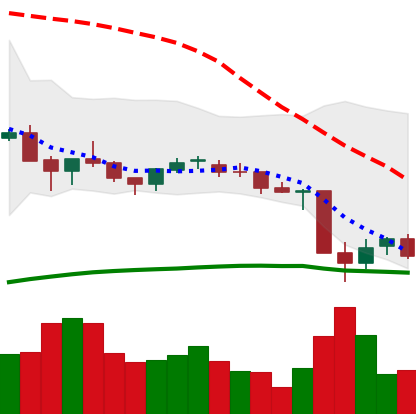
Ticker: NEO-USD
Chart end date: 2021-06-25
Forward return: 16.481%
Label: up_7plus